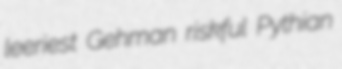
leeriest Gehman riskful Pythian